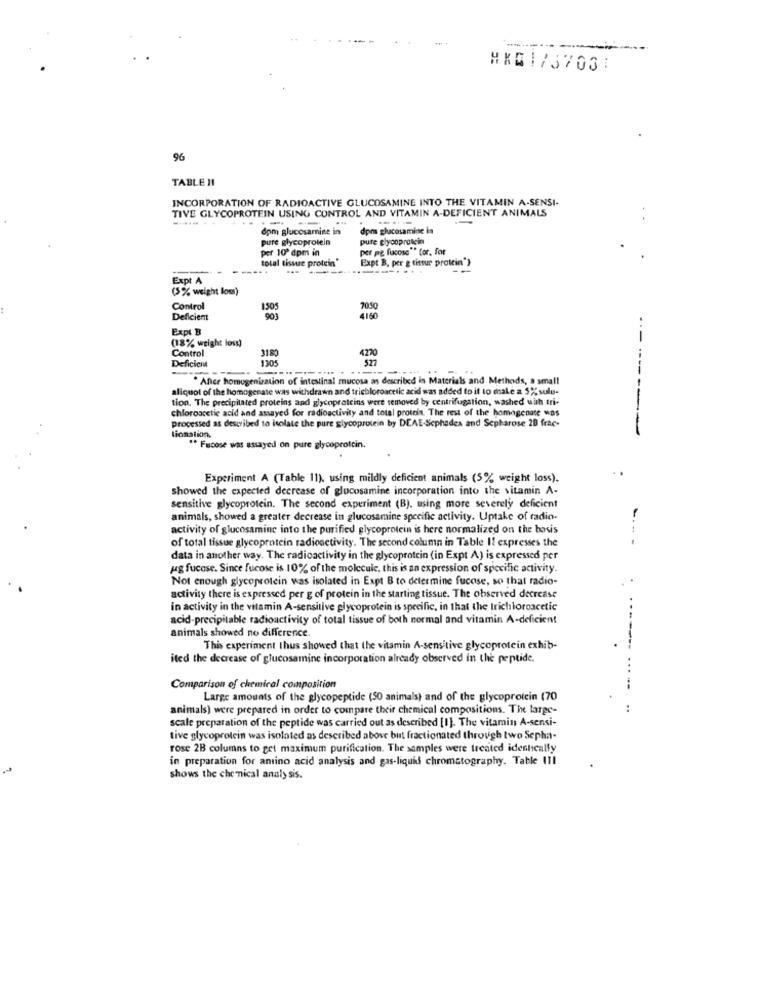
#XE1737031
96
TABLE 11
INCORPORATION OF RADIOACTIVE GLUCOSAMINE INTO THE VITAMIN A-SENSI-
TIVE GLYCOPROTEIN USING CONTROL AND VITAMIN A-DEFICIENT ANIMALS
dpm glucosamine in
dpm glucosamine is
pure glycoprotein
pute glycoprotein
per 10º dpm in
per pg fucose"" tor, for
total tissue protein"
Expt B. per g tintur protein")
Expt A
(5% weight loss)
Control
1505
Deficient
903
4160
Expl B
(18% weight loss)
Control
3180
Deficicm
130
4220
After homogenization of intestinal mucosa as described in Materials and Methods, a small
aliquot of the homogenate was withdrawn and trichloroacetic acid was added to it to make a 5% sulu-
tion. The precipitated proteins and glycoproteins were removed by centrifugation, washed with tri-
chloroacetic acid and assayed for radioactivity and total protein. The rest of the homogenate was
-------
processed as described to isolate the pure glycoprotein by DEAE-Sephadex and Sepharose 28 frac-
tionation.
** Fucose was assayed on pure glycoprotein.
Experiment A (Table 11), using mildly deficient animals (5% weight loss).
showed the expected decrease of glucosamine incorporation into the vitamin A-
sensitive glycoprotein. The second experiment (B). using more severely deficient
animals, showed a greater decrease in glucosamine specific activity. Uptake of radio.
activity of glucosamine into the purified glycoprotein is here normalized on the basis
...
of total tissue glycoprotein radioactivity. The second column in Table It expresses the
data in another way. The radioactivity in the glycoprotein (in Expt A) is expressed per
jag fucase. Since fucose is 10% of the molecule, this is an expression of specific activity.
Not enough glycoprotein was isolated in Expt B to determine fucose, so that radio-
activity there is expressed per g of protein in the starting tissue. The observed decrease
in activity in the vitamin A-sensitive glycoprotein is specific, in that the trichloroacetic
acid-precipitable radioactivity of total tissue of both normal and vitamin A-deficient
animals showed no difference.
This experiment thus showed that the vitamin A-sensitive glycoprotein exhib-
ited the decrease of glucosamine incorporation already observed in the peptide.
Comparison of chemical composition
Large amounts of the glycopeptide (50 animals) and of the glycoprotein (70
animals) were prepared in order to compare their chemical compositions. The large-
scale preparation of the peptide was carried out as described [1]. The vitamin A-sensi-
tive glycoprotein was isolated as described above but fractionated through two Sephat-
rose 2B columns to get maximum purification. The samples were treated identically
in preparation for amino acid analysis and gas-liquid chromatography. Table 111
shows the chemical analysis.